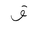
Letter: _qaf